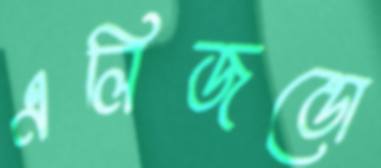
এলিজন্ডো